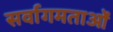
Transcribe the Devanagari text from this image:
सर्वागमताओं